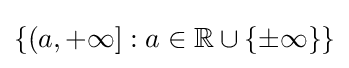
\{(a,+\infty ]:a\in \mathbb {R} \cup \{\pm \infty \}\}